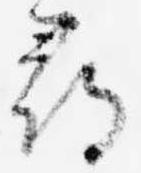
尋